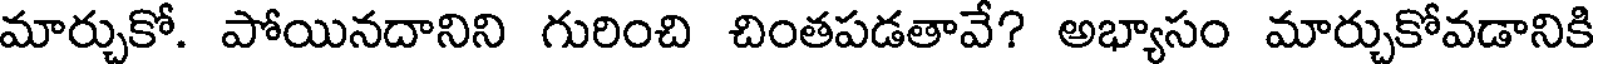
మార్చుకో. పోయినదానిని గురించి చింతపడతావే? అభ్యాసం మార్చుకోవడానికి